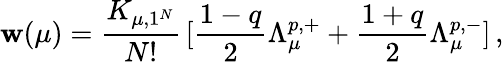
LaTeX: \mathbf{w}(\mu)=\frac{{K_{\mu,1^{N}}}}{{N!}}\, [\frac{{1-q}}{{2}}\Lambda_{\mu}^{p,+}+\frac{{1+q}}{{2}}\Lambda_{\mu}^{p,-}]\, ,